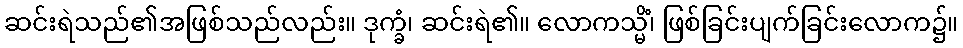
ဆင်းရဲသည်၏အဖြစ်သည်လည်း။ ဒုက္ခံ၊ ဆင်းရဲ၏။ လောကသ္မိံ၊ ဖြစ်ခြင်းပျက်ခြင်းလောက၌။